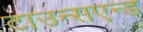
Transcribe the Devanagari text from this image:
टाउन्सएन्ड